Annual administration report of the Civil Veterinary Department, Ajmere-Merwara, British Rajputana - 1914-1940
Year: 1914
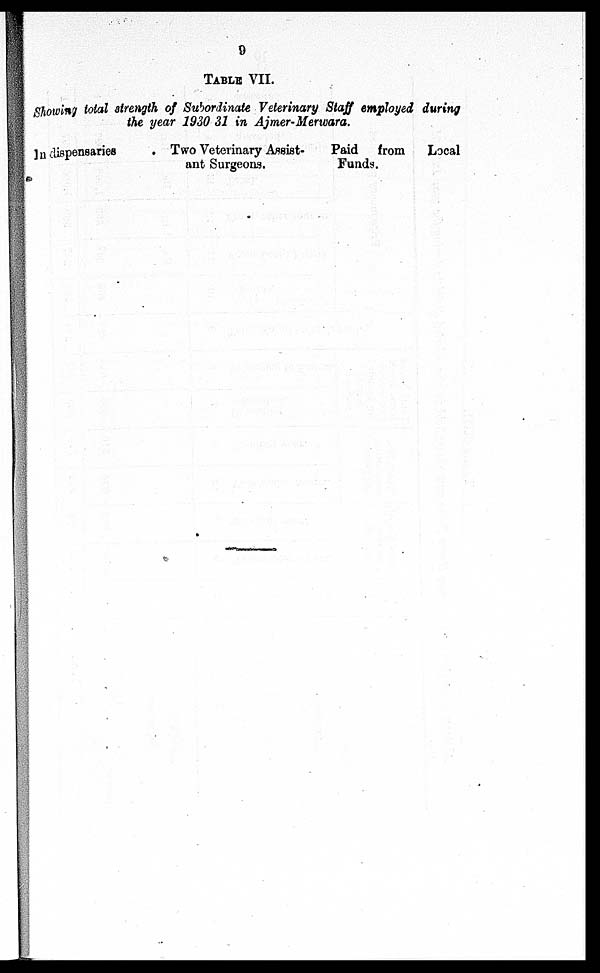
9
TABLE VII.
Showing total strength of Subordinate Veterinary Staff employed during
the year 1930 31 in Ajmer-Merwara.
In dispensaries
Two Veterinary Assist-
ant Surgeons.
Paid from
Local
Funds.